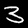
Digit: 3